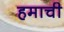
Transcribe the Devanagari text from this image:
हमाची